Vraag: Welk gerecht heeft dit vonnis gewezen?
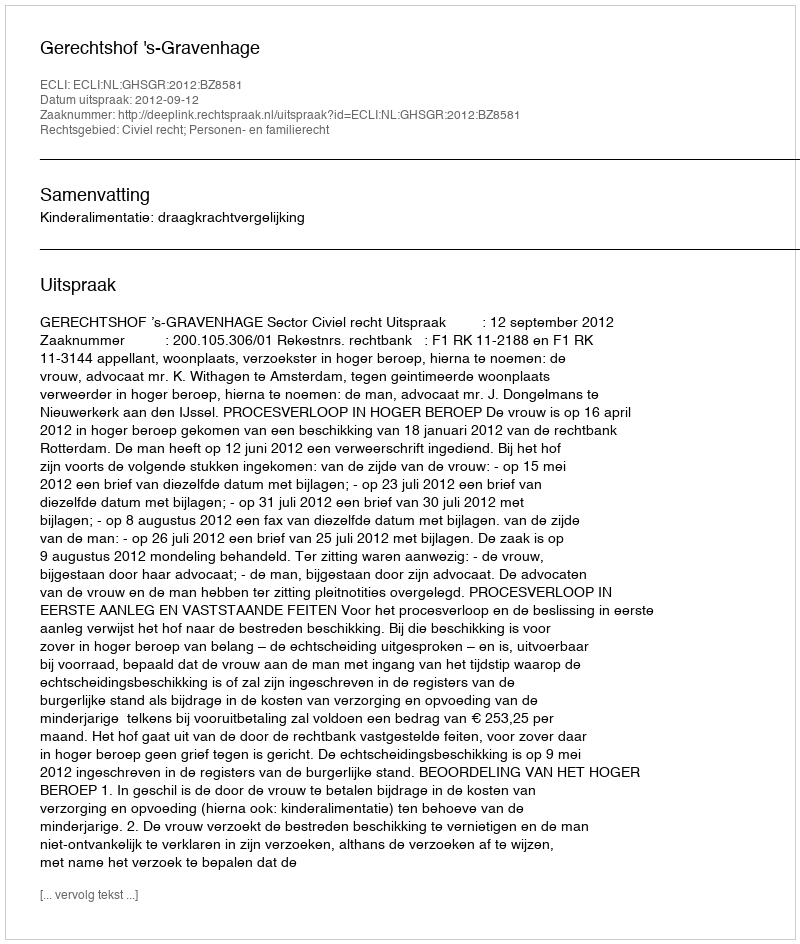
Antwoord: Gerechtshof 's-Gravenhage